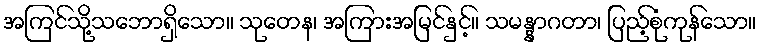
အကြင်သို့သဘောရှိသော။ သုတေန၊ အကြားအမြင်နှင့်။ သမန္နာဂတာ၊ ပြည့်စုံကုန်သော။